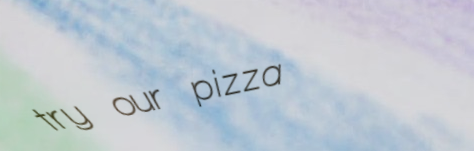
try our pizza